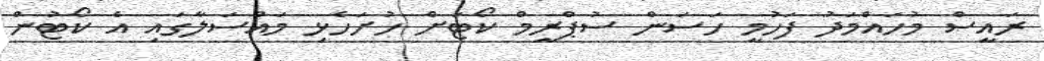
ރައީސް މުހައްމަދު ފަހުމީ ހަސަން ސުޕްރީމް ކޯޓަށް ހުށަހެޅި މައްސަލާގައި އެ ކޯޓުން